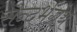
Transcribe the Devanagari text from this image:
सन्दर्भग्रंथ